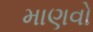
માણવો